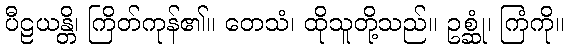
ပီဠယန္တိ၊ ကြိတ်ကုန်၏။ တေသံ၊ ထိုသူတို့သည်။ ဥစ္ဆုံ၊ ကြံကို။